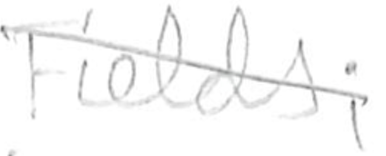
Text: Fields;
Cross-out: mix
Writing tool: pencil